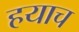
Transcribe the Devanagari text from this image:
हयाच